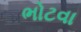
ભોટવા